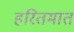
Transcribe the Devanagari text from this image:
हरितमात